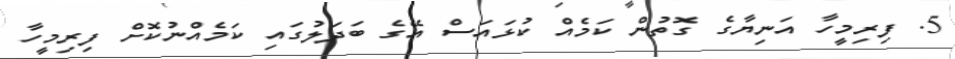
5. ފިރިމީހާ އަނިޔާގެ ގޮތުން ކަމެއް ކުޅައަސް އޭގެ ބަދަލުގައި ކަމެއްނުކޮށް ފިރިމީހާ